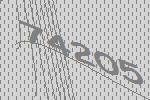
74205